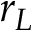
r _ { L }